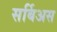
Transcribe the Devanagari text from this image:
सर्बिअस